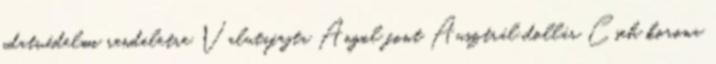
adatvédelmi rendeletre Valutafajta Angol font Ausztrál dollár Cseh korona